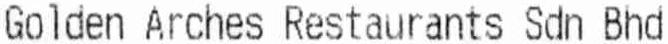
GOLDEN ARCHES RESTAURANTS SDN BHD